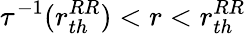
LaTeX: \tau^{-1}(r_{th}^{RR})<r<r_{th}^{RR}